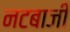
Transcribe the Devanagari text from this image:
नटबाजी